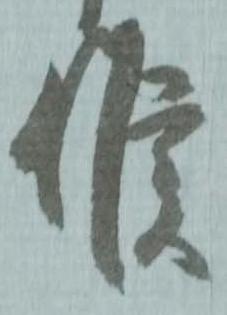
候